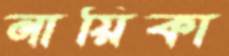
নায়িকা